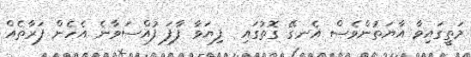
މަތީގައިވާ އާޔަތުންވެސް އެނގޭ ގޮތުގައި  ފިޔަވާ ފާފަ ފުއްސަވާނެ އެހެން ފަރާތެއް